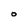
Character: o